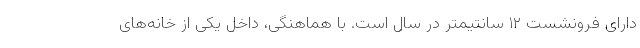
دارای فرونشست ۱۲ سانتیمتر در سال است. با هماهنگی، داخل یکی از خانه‌های